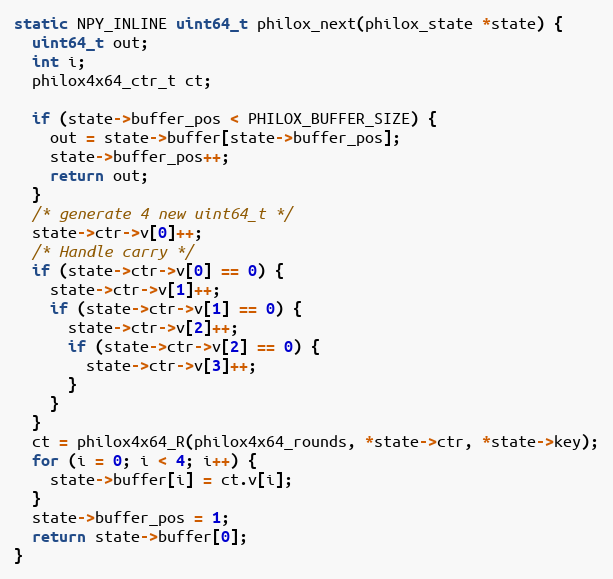
Language: C
static NPY_INLINE uint64_t philox_next(philox_state *state) {
  uint64_t out;
  int i;
  philox4x64_ctr_t ct;

  if (state->buffer_pos < PHILOX_BUFFER_SIZE) {
    out = state->buffer[state->buffer_pos];
    state->buffer_pos++;
    return out;
  }
  /* generate 4 new uint64_t */
  state->ctr->v[0]++;
  /* Handle carry */
  if (state->ctr->v[0] == 0) {
    state->ctr->v[1]++;
    if (state->ctr->v[1] == 0) {
      state->ctr->v[2]++;
      if (state->ctr->v[2] == 0) {
        state->ctr->v[3]++;
      }
    }
  }
  ct = philox4x64_R(philox4x64_rounds, *state->ctr, *state->key);
  for (i = 0; i < 4; i++) {
    state->buffer[i] = ct.v[i];
  }
  state->buffer_pos = 1;
  return state->buffer[0];
}